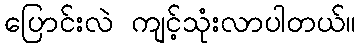
ပြောင်းလဲ ကျင့်သုံးလာပါတယ်။